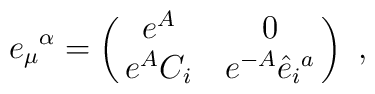
e_\mu{}^\alpha=\pmatrix{e^A&0\cr e^A C_i&e^{-A} \hat e_i{}^a}\ ,